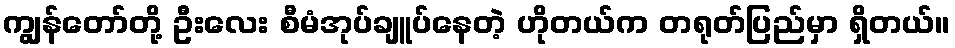
ကျွန်တော်တို့ ဦးလေး စီမံအုပ်ချူပ်နေတဲ့ ဟိုတယ်က တရုတ်ပြည်မှာ ရှိတယ်။